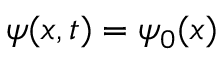
\psi ( x , t ) = \psi _ { 0 } ( x )